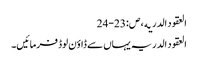
العقود الدریه ، ص:23-24
العقود الدریہ یہاں سے ڈاؤن لوڈ فرمائیں۔